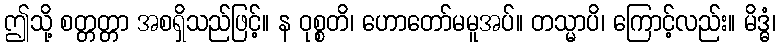
ဤသို့ စတ္တတ္တာ အစရှိသည်ဖြင့်။ န ဝုစ္စတိ၊ ဟောတော်မမူအပ်။ တသ္မာပိ၊ ကြောင့်လည်း။ မိဒ္ဓံ၊